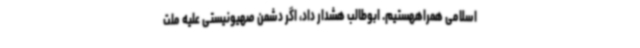
اسلامی همراههستیم. ابوطالب هشدار داد، اگر دشمن صهیونیستی علیه ملت